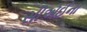
સીએઈના